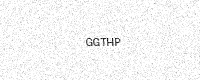
Text: GGTHP